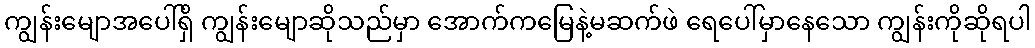
ကျွန်းမျောအပေါ်ရှိ ကျွန်းမျောဆိုသည်မှာ အောက်ကမြေနဲ့မဆက်ဖဲ ရေပေါ်မှာနေသော ကျွန်းကိုဆိုရပါ